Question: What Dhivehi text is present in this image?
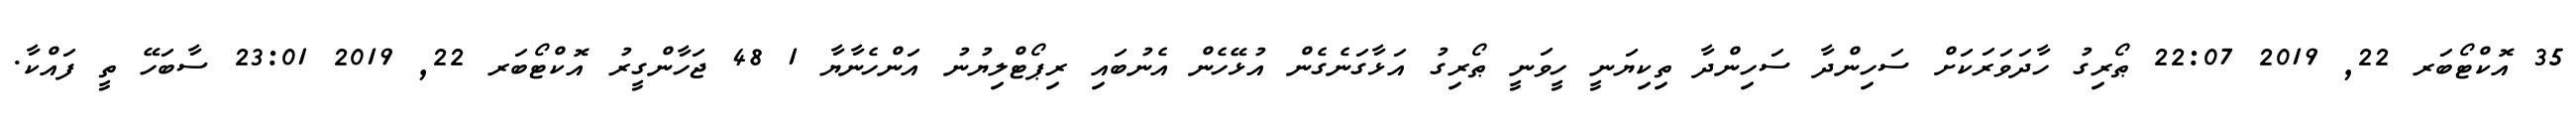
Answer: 35 އޮކްޓޯބަރ 22, 2019 22:07 ޠޯރިގު ހާދަވަރަކަށް ސަހިންދާ ސަހިންދާ ތިކިޔަނީ ހީވަނީ ޠޯރިގު އަޅާގަނެގެން އުޅޭހެން އެނުބައި ރިޕޯޓްލިޔުނު އަންހެނާޔާ 1 48 ޖަހާންގީރު އޮކްޓޯބަރ 22, 2019 23:01 ސާބަހޭ ތީ ފައްކާ.